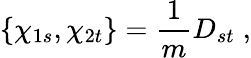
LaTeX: \{ \chi_{1s},\chi_{2t}\} =\frac{1}{m}D_{st}\; ,